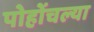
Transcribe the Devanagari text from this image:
पोहोंचल्या